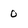
Character: 0